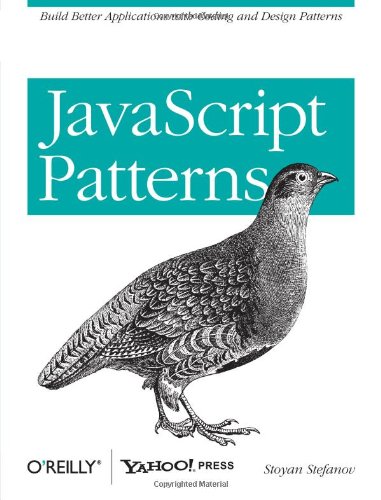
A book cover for JavaScript Patterns; Stoyan Stefanov; Computers & Technology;